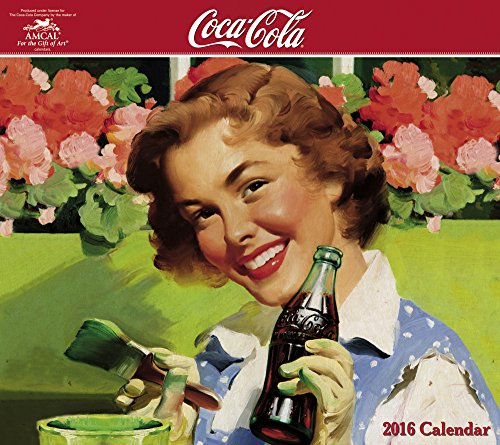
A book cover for Coca-Cola Wall Calendar (2016); AMCAL; Humor & Entertainment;